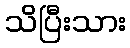
သိပြီးသား